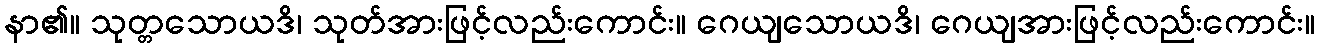
နာ၏။ သုတ္တသောယဒိ၊ သုတ်အားဖြင့်လည်းကောင်း။ ဂေယျသောယဒိ၊ ဂေယျအားဖြင့်လည်းကောင်း။